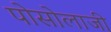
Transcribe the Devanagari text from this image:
पोसोलाजी